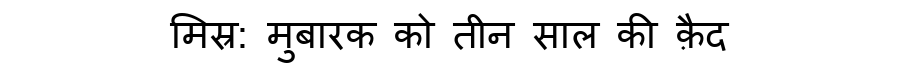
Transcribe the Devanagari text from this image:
मिस्र: मुबारक को तीन साल की क़ैद